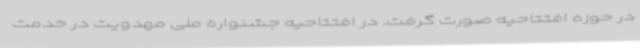
در حوزه افتتاحیه صورت گرفت. در افتتاحیه جشنواره ملی مهدویت در خدمت